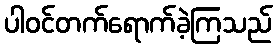
ပါဝင်တက်ရောက်ခဲ့ကြသည်